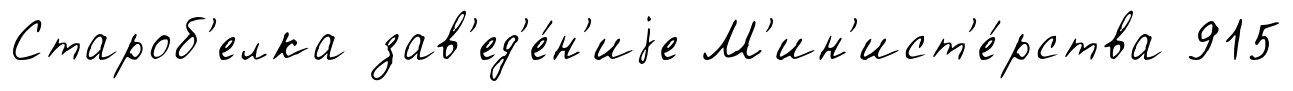
Староб'елка зав'ед'е́н'иjе М'ин'ист'е́рства 915